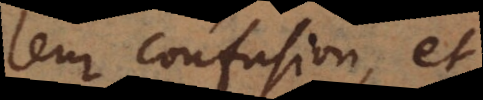
la confusion des